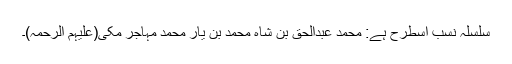
سلسلہ نسب اسطرح ہے: محمد عبدالحق بن شاہ محمد بن یار محمد مہاجر مکی(علیہم الرحمہ)۔